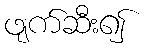
ဖျက်ဆီး၍